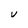
Character: V